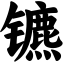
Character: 镳